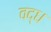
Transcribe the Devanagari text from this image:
वद्ध